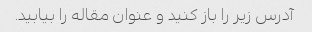
آدرس زیر را باز کنید و عنوان مقاله را بیابید.